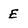
Character: E